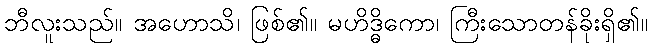
ဘီလူးသည်။ အဟောသိ၊ ဖြစ်၏။ မဟိဒ္ဓိကော၊ ကြီးသောတန်ခိုးရှိ၏။